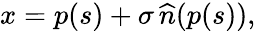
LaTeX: \begin{array}{r}{x=p(s)+\sigma\, \widehat{n}(p(s)),}\end{array}